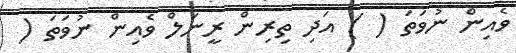
ވެއިން ނުވަތަ ( ) އަދި ތިރިން ރީނަލް ވެއިން ނުވަތަ (